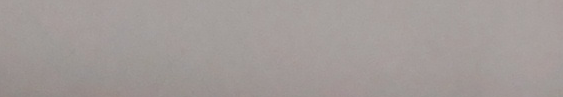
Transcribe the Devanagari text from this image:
आजको मेरो साथ